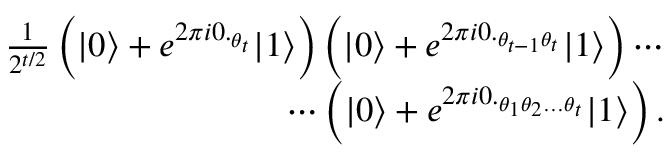
\begin{array} { r } { \frac { 1 } { 2 ^ { t / 2 } } \left( | 0 \rangle + e ^ { 2 \pi i 0 . _ { \theta _ { t } } } | 1 \rangle \right) \left( | 0 \rangle + e ^ { 2 \pi i 0 . _ { \theta _ { t - 1 } \theta _ { t } } } | 1 \rangle \right) \cdots } \\ { \cdots \left( | 0 \rangle + e ^ { 2 \pi i 0 . _ { \theta _ { 1 } \theta _ { 2 } \dots \theta _ { t } } } | 1 \rangle \right) . } \end{array}